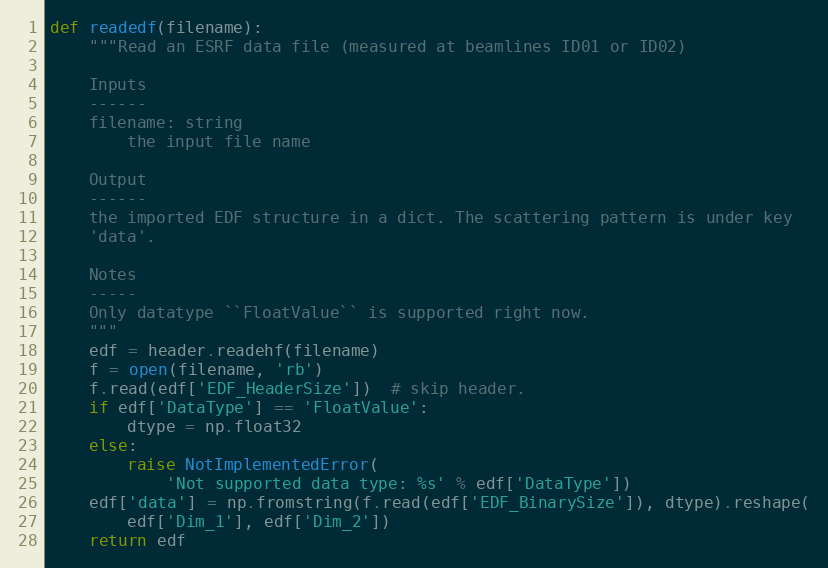
Language: Python
def readedf(filename):
    """Read an ESRF data file (measured at beamlines ID01 or ID02)

    Inputs
    ------
    filename: string
        the input file name

    Output
    ------
    the imported EDF structure in a dict. The scattering pattern is under key
    'data'.

    Notes
    -----
    Only datatype ``FloatValue`` is supported right now.
    """
    edf = header.readehf(filename)
    f = open(filename, 'rb')
    f.read(edf['EDF_HeaderSize'])  # skip header.
    if edf['DataType'] == 'FloatValue':
        dtype = np.float32
    else:
        raise NotImplementedError(
            'Not supported data type: %s' % edf['DataType'])
    edf['data'] = np.fromstring(f.read(edf['EDF_BinarySize']), dtype).reshape(
        edf['Dim_1'], edf['Dim_2'])
    return edf